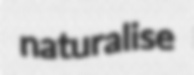
naturalise